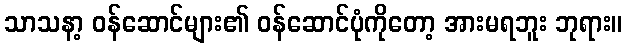
သာသနာ့ ဝန်ဆောင်များ၏ ဝန်ဆောင်ပုံကိုတော့ အားမရဘူး ဘုရား။